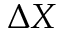
\Delta X